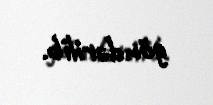
göndərilib.